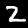
Digit: 2